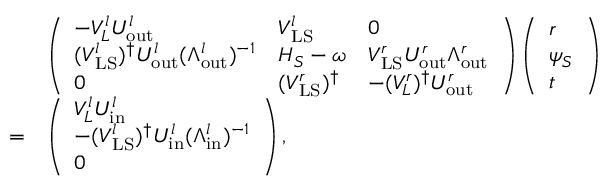
\begin{array} { r l } & { \left( \begin{array} { l l l } { - V _ { L } ^ { l } U _ { \mathrm { o u t } } ^ { l } } & { V _ { \mathrm { L S } } ^ { l } } & { 0 } \\ { ( V _ { \mathrm { L S } } ^ { l } ) ^ { \dagger } U _ { \mathrm { o u t } } ^ { l } ( \Lambda _ { \mathrm { o u t } } ^ { l } ) ^ { - 1 } } & { H _ { S } - \omega } & { V _ { \mathrm { L S } } ^ { r } U _ { \mathrm { o u t } } ^ { r } \Lambda _ { \mathrm { o u t } } ^ { r } } \\ { 0 } & { ( V _ { \mathrm { L S } } ^ { r } ) ^ { \dagger } } & { - ( V _ { L } ^ { r } ) ^ { \dagger } U _ { \mathrm { o u t } } ^ { r } } \end{array} \right) \left( \begin{array} { l } { r } \\ { \psi _ { S } } \\ { t } \end{array} \right) } \\ { = } & { \left( \begin{array} { l } { V _ { L } ^ { l } U _ { \mathrm { i n } } ^ { l } } \\ { - ( V _ { \mathrm { L S } } ^ { l } ) ^ { \dagger } U _ { \mathrm { i n } } ^ { l } ( \Lambda _ { \mathrm { i n } } ^ { l } ) ^ { - 1 } } \\ { 0 } \end{array} \right) , } \end{array}